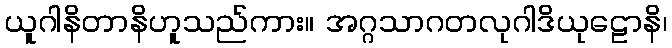
ယူဂါနိတာနိဟူသည်ကား။ အဂ္ဂသာဂတလုဂါဒိယုဠောနိ၊